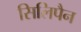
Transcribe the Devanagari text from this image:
सिलिपैन